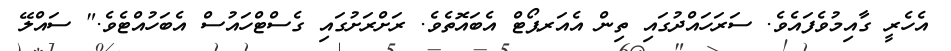
އެހެރީ ގާއިމުވެފައެވެ. ސަރަހައްދުގައި ތިން އެއަރޕޯޓް އެބައޮތެވެ. ރަށްރަށުގައި ގެސްޓްހައުސް އެބަހުއްޓެވެ." ސައްލޭ